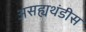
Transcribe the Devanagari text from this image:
असह्यथंडीस